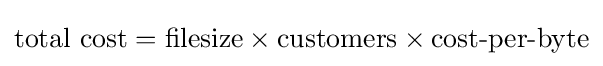
{\text{total cost}}={\text{filesize}}\times {\text{customers}}\times {\text{cost-per-byte}}